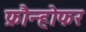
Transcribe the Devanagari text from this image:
फ्रौन्होफर